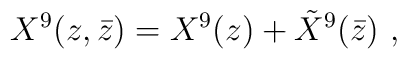
X^9(z,\bar z) = X^9(z) +{\tilde X}^9(\bar z)\ ,